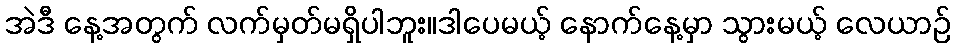
အဲဒီ နေ့အတွက် လက်မှတ်မရှိပါဘူး။ဒါပေမယ့် နောက်နေ့မှာ သွားမယ့် လေယာဉ်